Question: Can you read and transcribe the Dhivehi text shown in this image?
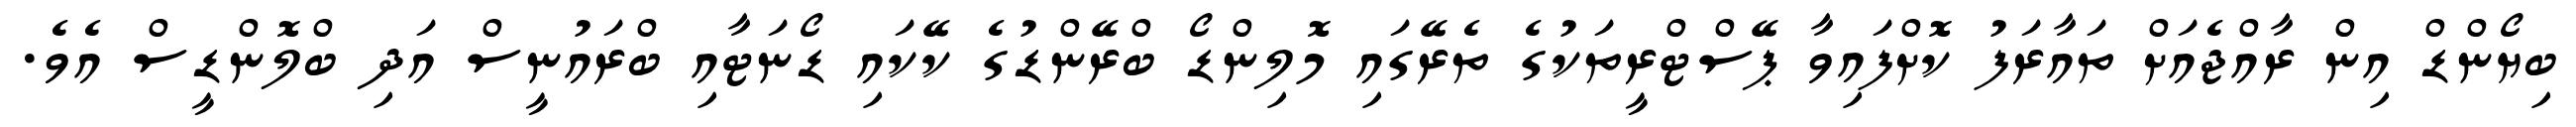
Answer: ބިޔޯންޑް އިން ރާއްޖެއަށް ތައާރަފު ކޮށްފައިވާ ޕޭސްޓްރީތަކުގެ ތެރޭގައި މޮލިންޑޯ ބްރޭންޑުގެ ކޭކައި ޑޯނަޓާއި ބްރައުނީސް އަދި ބްލޮންޑީސް އެވެ.